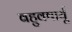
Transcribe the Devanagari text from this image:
बहुवषार्यू